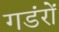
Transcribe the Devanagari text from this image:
गडंरों